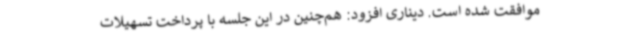
موافقت شده است. دیناری افزود: هم‌چنین در این جلسه با پرداخت تسهیلات